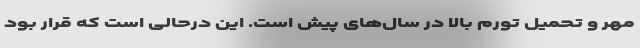
مهر و تحمیل تورم بالا در سال‌های پیش است. این درحالی است که قرار بود